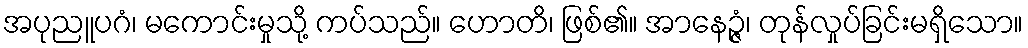
အပုညူပဂံ၊ မကောင်းမှုသို့ ကပ်သည်။ ဟောတိ၊ ဖြစ်၏။ အာနေဉ္ဇံ၊ တုန်လှုပ်ခြင်းမရှိသော။